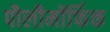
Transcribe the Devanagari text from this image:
पौलीमॉर्फिक